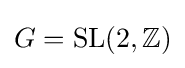
G={\text{SL}}(2,\mathbb {Z} )